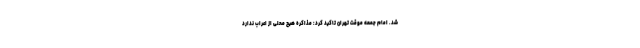
شد. امام جمعه موقت تهران تاکید کرد: مذاکره هیچ محلی از اعراب ندارد